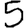
Digit: 5